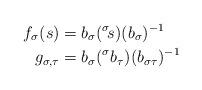
LaTeX: \begin{align*}f_{\sigma}(s) &= b_{\sigma} ({}^{\sigma}\! s) (b_{\sigma})^{-1}\\g_{\sigma,\tau} &=b_{\sigma} ({}^{\sigma} b_{\tau}) (b_{\sigma \tau})^{-1}\end{align*}